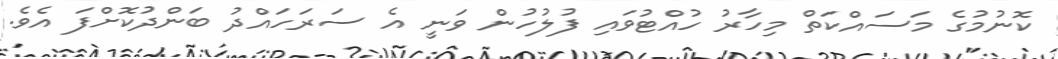
ކޮނުމުގެ މަސައްކަތް މިހާރު ހުއްޓުވައި ފުލުހުން ވަނީ އެ ސަރަހައްދު ބަންދުކޮށްފަ އެވެ.